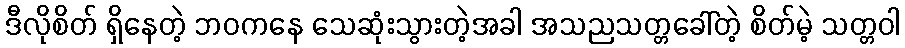
ဒီလိုစိတ် ရှိနေတဲ့ ဘဝကနေ သေဆုံးသွားတဲ့အခါ အသညသတ္တခေါ်တဲ့ စိတ်မဲ့ သတ္တဝါ